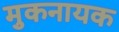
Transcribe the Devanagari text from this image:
मुकनायक